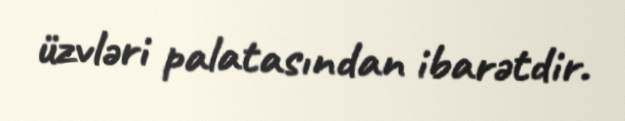
üzvləri palatasından ibarətdir.